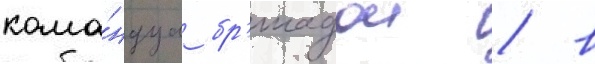
кома́ндуа бр'игадои / в